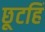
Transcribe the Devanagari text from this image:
छूटहिं